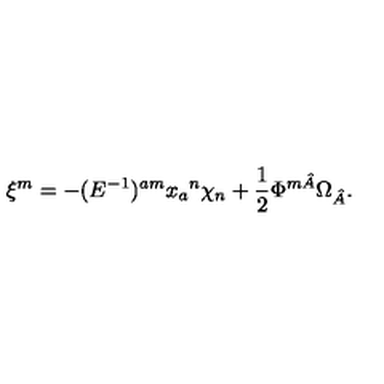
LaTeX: \xi ^ { m } = - ( E ^ { - 1 } ) ^ { a m } x _ { a } { } ^ { n } \chi _ { n } + \frac { 1 } { 2 } \Phi ^ { m \hat { A } } \Omega _ { \hat { A } } .